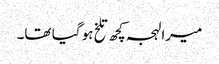
میرا لہجہ کچھ تلخ ہو گیا تھا۔